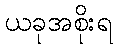
ယခုအစိုးရ